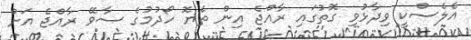
އެލެސްކީ ވިދާޅުވި ގޮތުގައި ރާއްޖެ އިން ތެޔޮ ހޯދުމުގެ ސާވޭ ރާއްޖެ އަށް